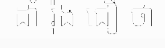
ដាំ រ៉ុង ជឿ ថា